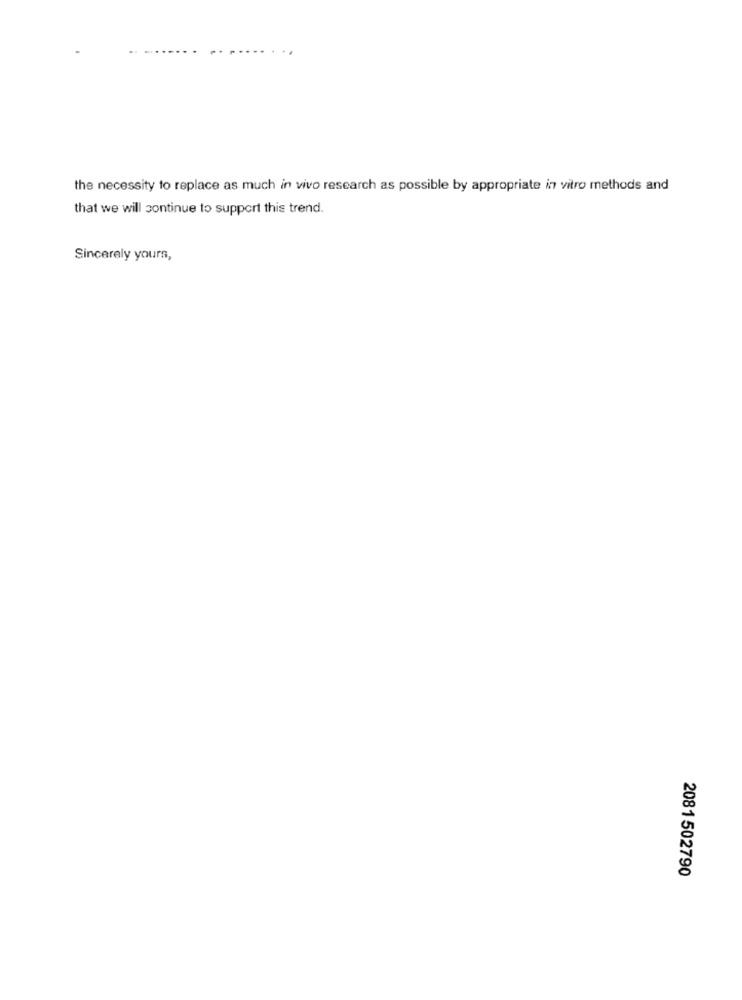
the necessity to replace as much in vivo research as possible by appropriate in vitro methods and
that we will continue to support this trend.
Sincerely yours,
2081502790